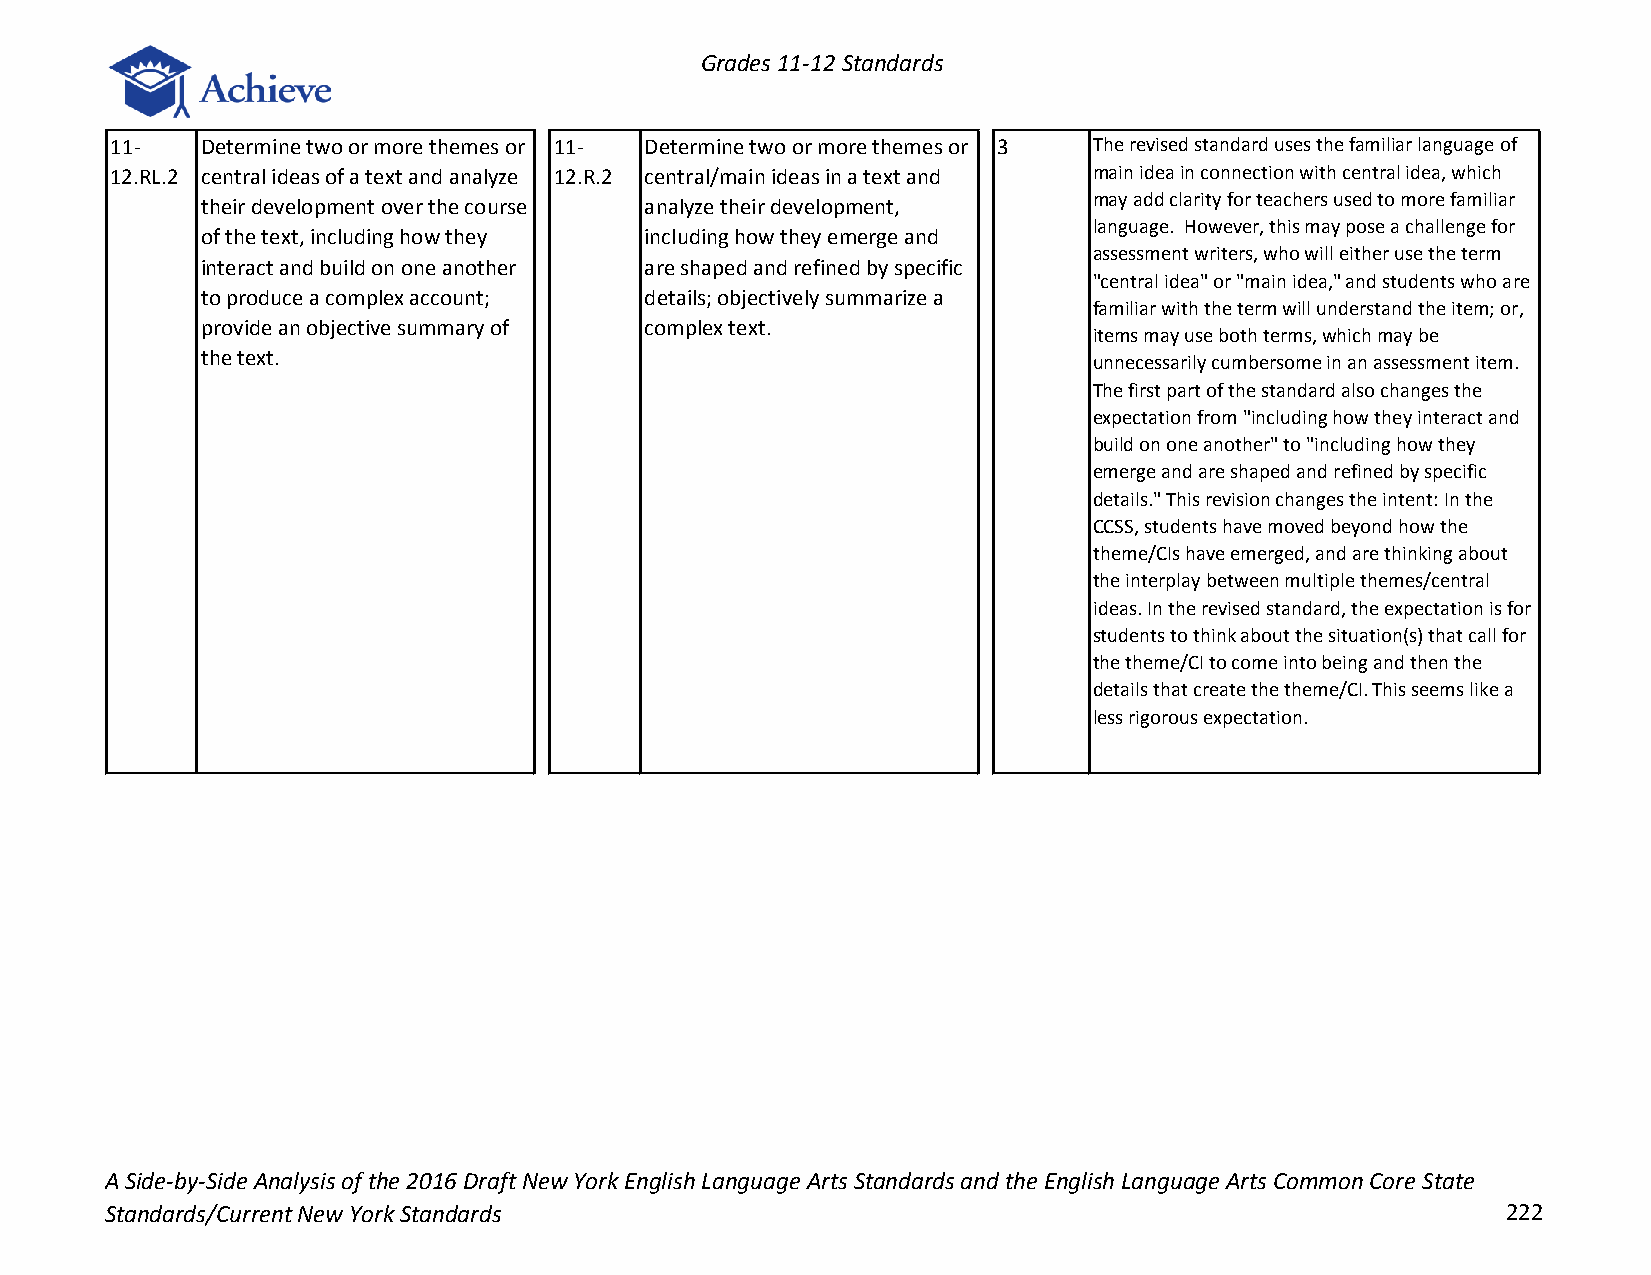
Grades 11-12 Standards
 11-   Determine two or more themes or 11- Determine two or more themes or 3 The revised standard uses the familiar language of
 12.RL.2 central ideas of a text and analyze 12.R.2 central/main ideas in a text and main idea in connection with central idea, which
 may add clarity for teachers used to more familiar
 their development over the course analyze their development,
 language. However, this may pose a challenge for
 of the text, including how they including how they emerge and
 assessment writers, who will either use the term
 interact and build on one another are shaped and refined by specific
 "central idea" or "main idea," and students who are
 to produce a complex account; details; objectively summarize a
 familiar with the term will understand the item; or,
 provide an objective summary of complex text.
 items may use both terms, which may be
 the text.                                                  unnecessarily cumbersome in an assessment item.
 The first part of the standard also changes the
 expectation from "including how they interact and
 build on one another" to "including how they
 emerge and are shaped and refined by specific
 details." This revision changes the intent: In the
 CCSS, students have moved beyond how the
 theme/CIs have emerged, and are thinking about
 the interplay between multiple themes/central
 ideas. In the revised standard, the expectation is for
 students to think about the situation(s) that call for
 the theme/CI to come into being and then the
 details that create the theme/CI. This seems like a
 less rigorous expectation.
 A Side-by-Side Analysis of the 2016 Draft New York English Language Arts Standards and the English Language Arts Common Core State
 Standards/Current New York Standards                                                         222